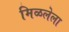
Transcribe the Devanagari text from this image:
मिळलेला